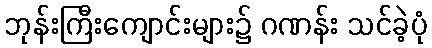
ဘုန်းကြီးကျောင်းများ၌ ဂဏန်း သင်ခဲ့ပုံ